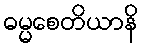
ဓမ္မစေတိယာနိ